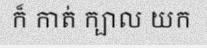
ក៏ កាត់ ក្បាល យក